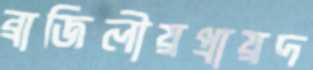
ব্রাজিলীয়প্রায়দ